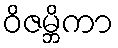
ဝိဇမ္ဘိကာ